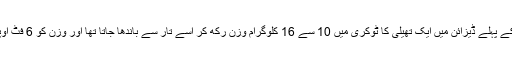
اس سے قبل گریویٹی لائٹ کے پہلے ڈیزائن میں ایک تھیلی کا ٹوکری میں 10 سے 16 کلوگرام وزن رکھ کر اسے تار سے باندھا جاتا تھا اور وزن کو 6 فٹ اوپر اٹھا کر چھوڑ دیا جاتا تھا۔